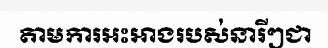
តាមការអះអាងរបស់នារីៗជា